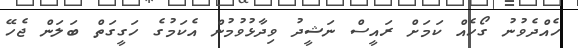
ހެއްދެވުނު ގޯހެއް ކަމަށް ރައީސް ނަޝީދު ވިދާޅުވުމުން އެކަމުގެ ހަގީގަތް ބަލަން ޖެހޭ